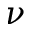
\nu